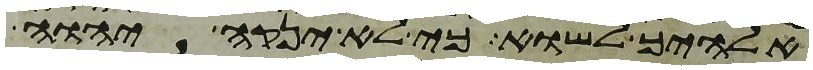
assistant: אלהיך לשוא כי לא ינקה יהוה